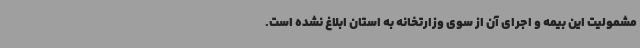
مشمولیت این بیمه و اجرای آن از سوی وزارتخانه به استان ابلاغ نشده است.